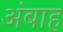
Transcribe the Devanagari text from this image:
अंबाह